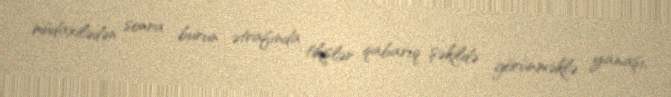
müdaxilədən sonra burun ətrafında tikişlər qabarıq şəkildə görünməklə yanaşı,